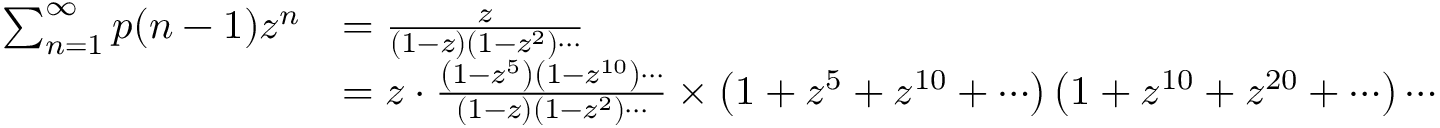
{ \begin{array} { r l } { \sum _ { n = 1 } ^ { \infty } p ( n - 1 ) z ^ { n } } & { = { \frac { z } { ( 1 - z ) \left( 1 - z ^ { 2 } \right) \cdots } } } \\ & { = z \cdot { \frac { \left( 1 - z ^ { 5 } \right) \left( 1 - z ^ { 1 0 } \right) \cdots } { ( 1 - z ) \left( 1 - z ^ { 2 } \right) \cdots } } \times \left( 1 + z ^ { 5 } + z ^ { 1 0 } + \cdots \right) \left( 1 + z ^ { 1 0 } + z ^ { 2 0 } + \cdots \right) \cdots } \end{array} }